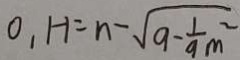
0 , H = n - \sqrt { 9 - \frac { 1 } { 9 } } m ^ { 2 }